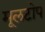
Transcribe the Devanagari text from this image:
मूलटोप